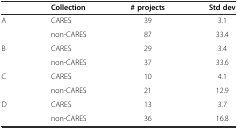
|  | Collection | # projects | Std dev |
 | --- | --- | --- | --- |
 | <ROWSPAN=2> A | CARES | 39 | 3.1 |
 | non-CARES | 87 | 33.4 |
 | <ROWSPAN=2> B | CARES | 29 | 3.4 |
 | non-CARES | 37 | 33.6 |
 | <ROWSPAN=2> C | CARES | 10 | 4.1 |
 | non-CARES | 21 | 12.9 |
 | <ROWSPAN=2> D | CARES | 13 | 3.7 |
 | non-CARES | 36 | 16.8 |